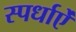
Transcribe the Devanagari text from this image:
स्पर्धाऐं